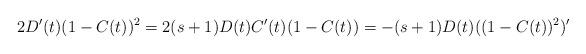
LaTeX: \begin{align*}2D'(t)(1-C(t))^2 = 2(s+1)D(t)C'(t)(1-C(t)) = -(s+1)D(t)((1-C(t))^2)'\end{align*}